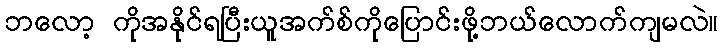
ဘလော့ ကိုအနိုင်ရပြီးယူအက်စ်ကိုပြောင်းဖို့ဘယ်လောက်ကျမလဲ။